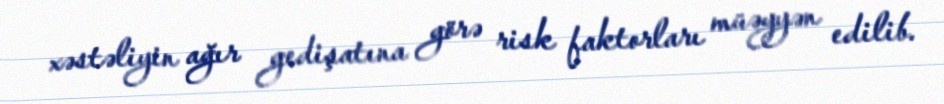
xəstəliyin ağır gedişatına görə risk faktorları müəyyən edilib.